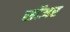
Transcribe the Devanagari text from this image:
सॉअर